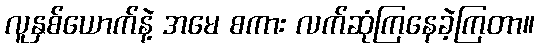
လူနှစ်ယောက်နဲ့ အမေ စကား လက်ဆုံကြနေခဲ့ကြတာ။